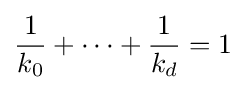
{\frac {1}{k_{0}}}+\cdots +{\frac {1}{k_{d}}}=1